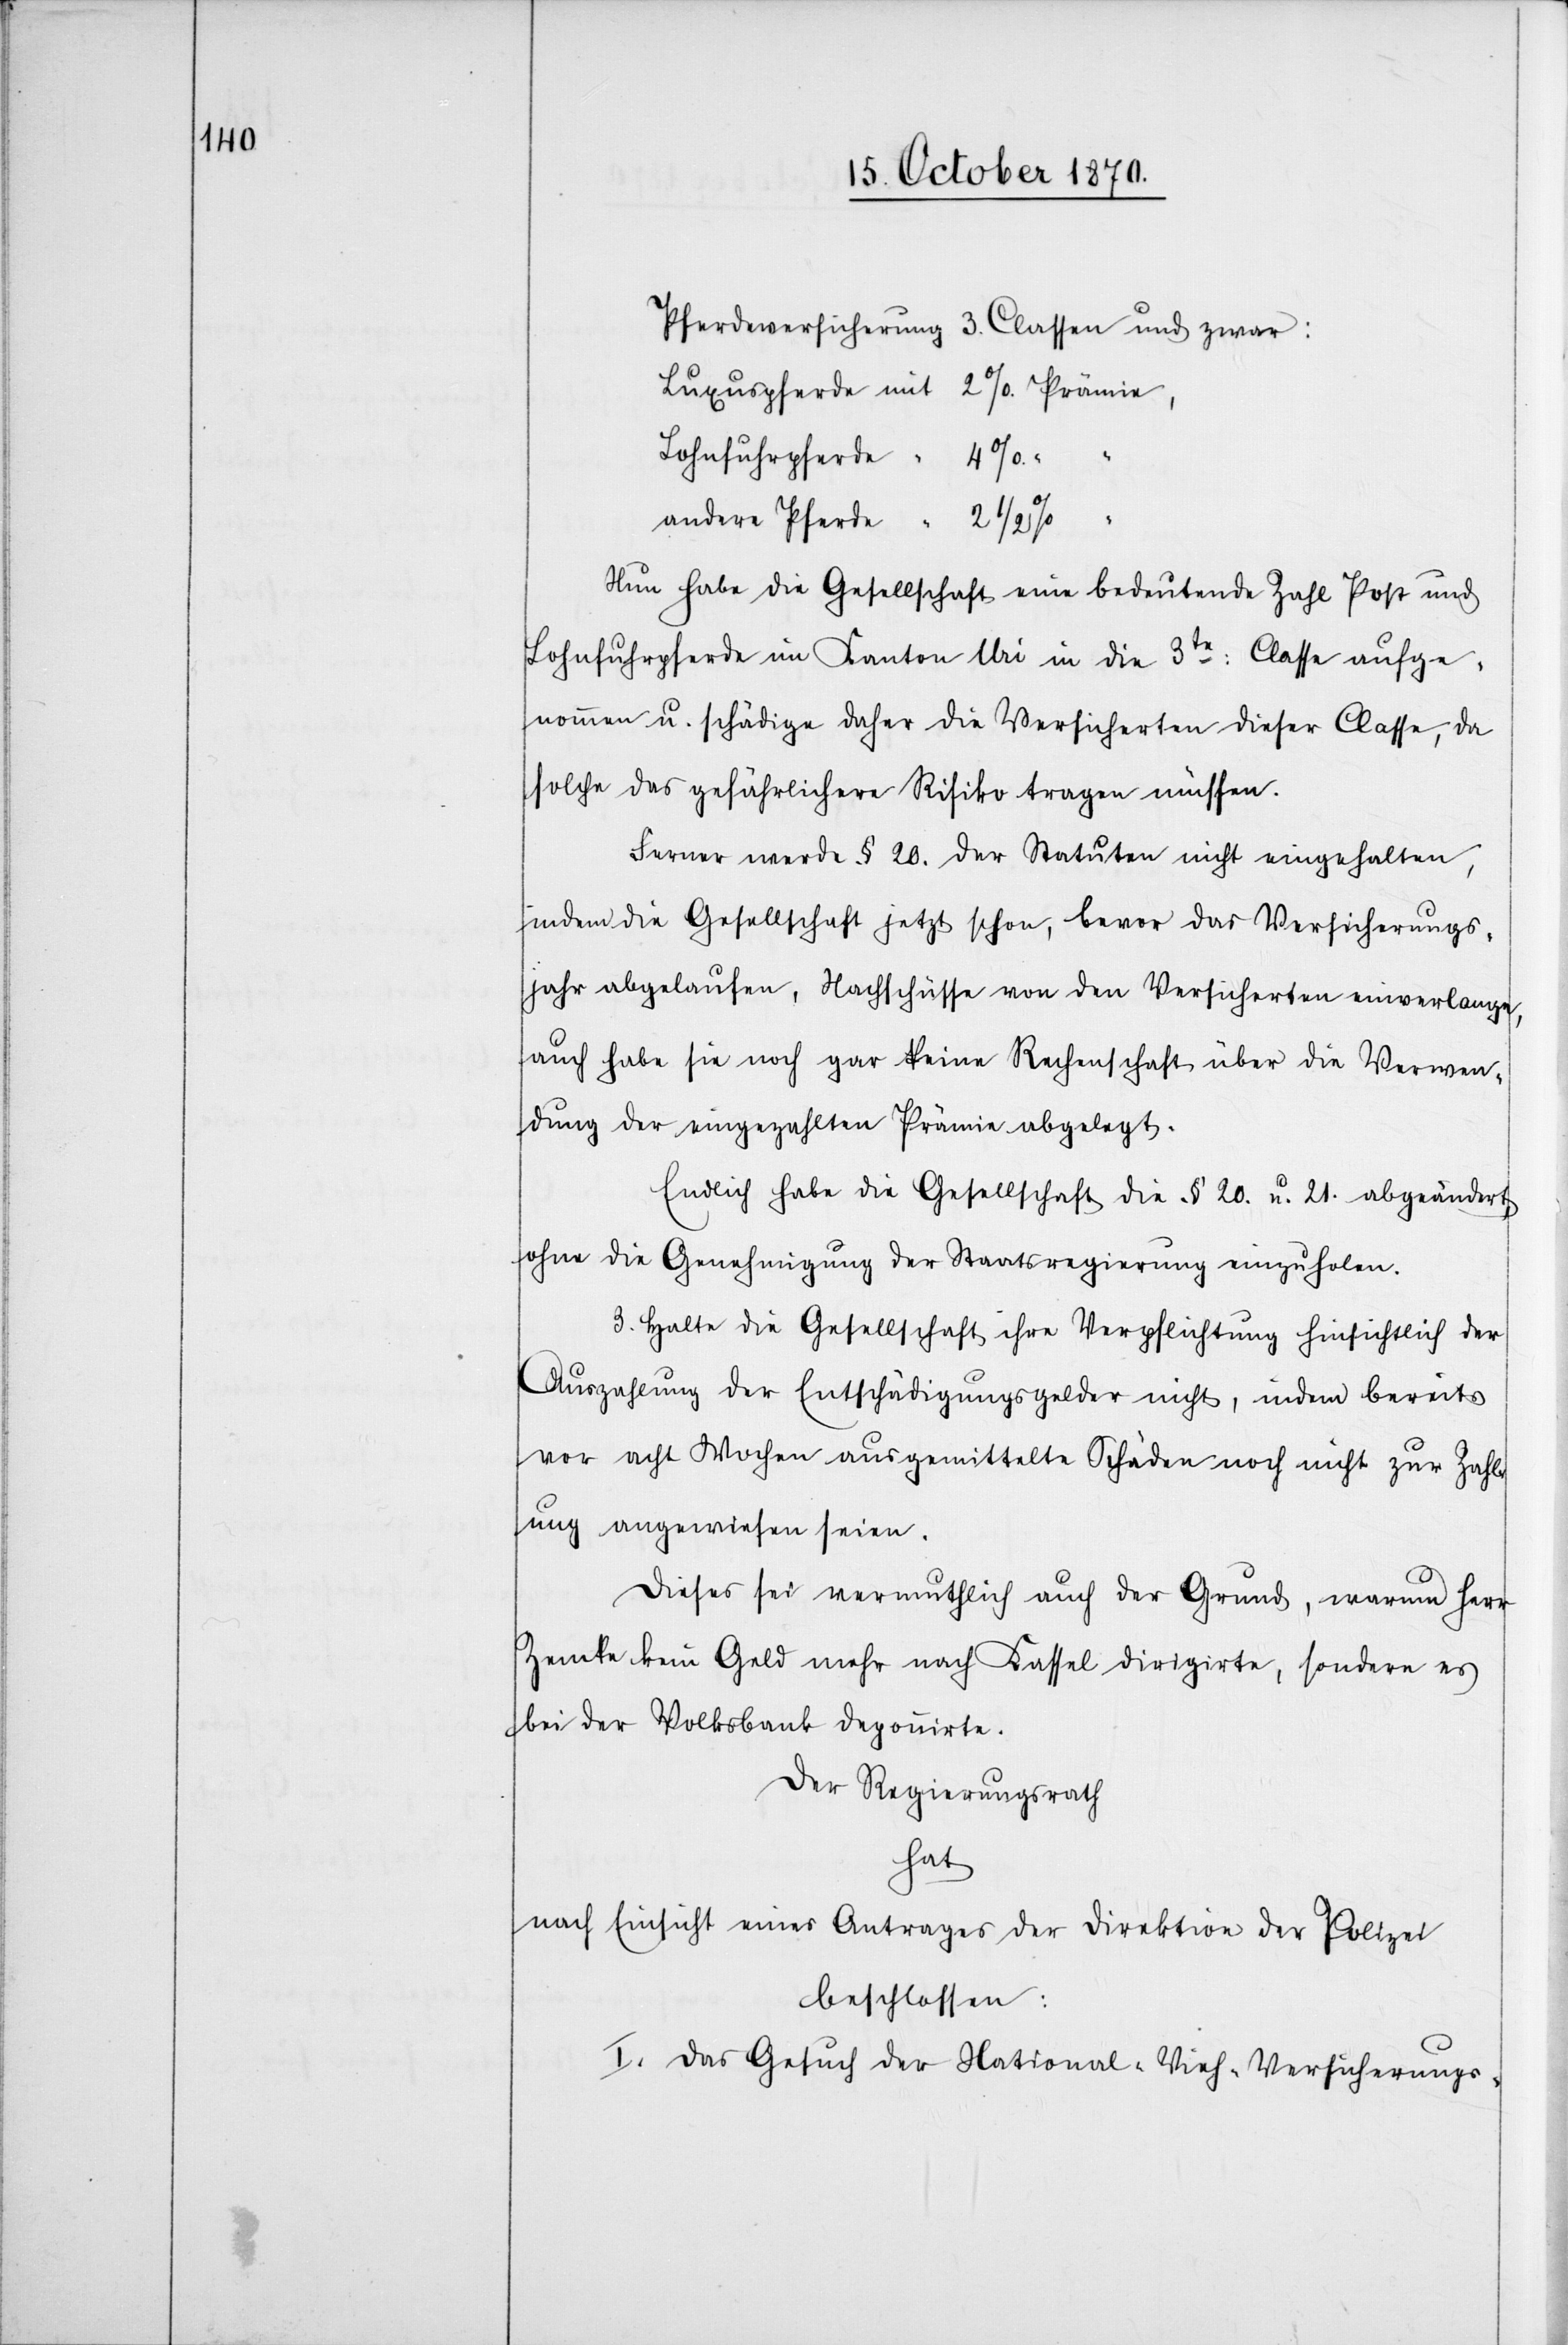
Pferdeversicherung 3. Classen und zwar:
Lohnfuhrpferde
andere Pferde
Nun habe die Gesellschaft eine bedeutende Zahl Post und
Lohnfuhrpferde im Kanton Uri in die 3te: Classe aufge¬
nommen u. schädige daher die Versicherten dieser Classe, da
solche das gefährlichere Risiko tragen müssen.
Ferner werde § 20. der Statuten nicht eingehalten,
indem die Gesellschaft jetzt schon, bevor das Versicherungs¬
jahr abgelaufen, Nachschüsse von den Versicherten einverlange,
auch habe sie noch gar keine Rechenschaft über die Verwen¬
dung der eingezahlten Prämien abgelegt.
Endlich habe die Gesellschaft die § 20. u. 21. abgeändert
ohne die Genehmigung der Staatsregierung einzuholen.
3. Halte die Gesellschaft ihre Verpflichtung hinsichtlich der
Auszahlung der Entschädigungsgelder nicht, indem bereits
vor acht Wochen ausgemittelte Schäden noch nicht zur Zahl¬
ung angewiesen seien.
Dieses sei vermuthlich auch der Grund, warum Herr
Zemke kein Geld mehr nach Kassel dirigirte, sondern es
bei der Volksbank deponirte.
Der Regierungsrath
hat
nach Einsicht eines Antrages der Direktion der Polizei
beschlossen:
I. Das Gesuch der National-Vieh-Versicherungs-